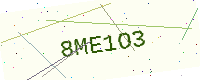
Text: 8ME1O3